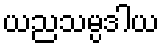
ယညသမ္ပဒါယ